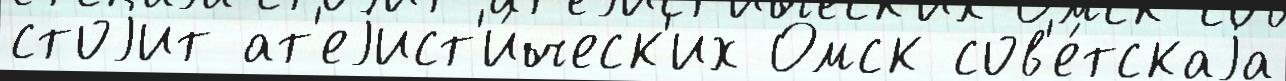
стоjит ат'еjист'и́ческ'их Омск сов'е́тскаjа